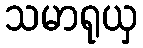
သမာရုယှ